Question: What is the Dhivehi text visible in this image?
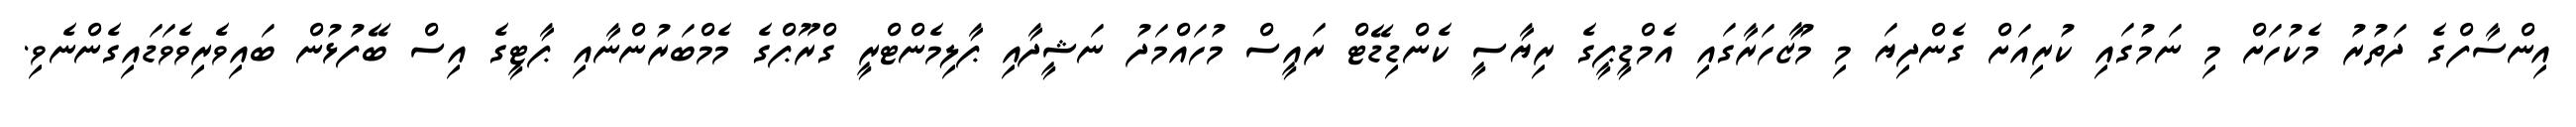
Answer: އިންސާފްގެ ދަތުރު މެކުހަށް މި ނަމުގައި ކުރިއަށް ގެންދިޔަ މި މުޒާހަރާގައި އެމްޑީޕީގެ ރިޔާސީ ކެންޑިޑޭޓް ރައީސް މުހައްމަދު ނަޝީދާއި ޕާލިމެންޓްރީ ގްރޫޕްގެ މެމްބަރުންނާއި ޕާޓީގެ އިސް ބޭފުޅުން ބައިވެރިވެވަޑައިގެންނެވި.